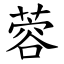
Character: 蓉